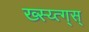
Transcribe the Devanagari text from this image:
ख्स्य्त्ग्स्